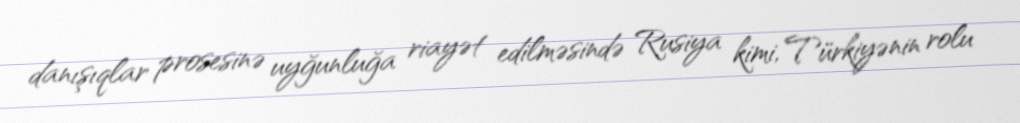
danışıqlar prosesinə uyğunluğa riayət edilməsində Rusiya kimi, Türkiyənin rolu